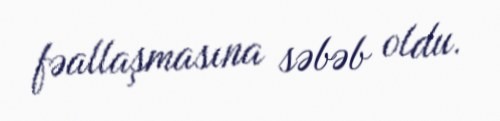
fəallaşmasına səbəb oldu.